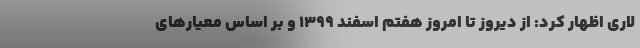
لاری اظهار کرد: از دیروز تا امروز هفتم اسفند ۱۳۹۹ و بر اساس معیارهای